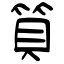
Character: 筫